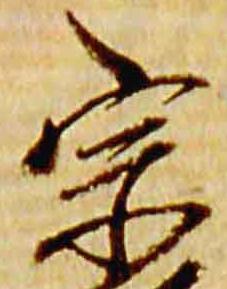
宗